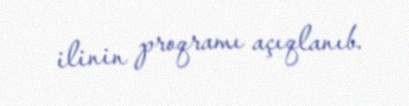
ilinin proqramı açıqlanıb.